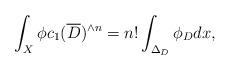
LaTeX: \begin{align*} \int_X \phi c_1(\overline{D})^{\wedge n}=n!\int_{\Delta_D}\phi_D dx, \end{align*}